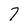
Character: 7